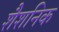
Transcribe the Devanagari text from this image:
शैशनिक